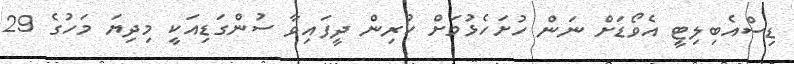
ޑިސްއެބިލިޓީ އެވޯޑަށް ނަން ހުށަހެޅުމަށް ކުރިން ދީފައިވާ ސުންގަޑިއަކީ މިދިޔަ މަހުގެ 29